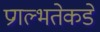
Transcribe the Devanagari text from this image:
प्रगल्‍भतेकडे